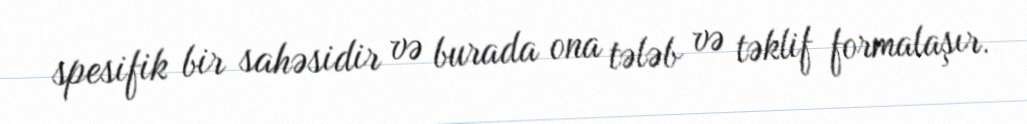
spesifik bir sahəsidir və burada ona tələb və təklif formalaşır.